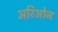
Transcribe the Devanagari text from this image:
अरिओन